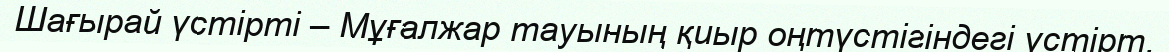
Шағырай үстірті – Мұғалжар тауының қиыр оңтүстігіндегі үстірт.